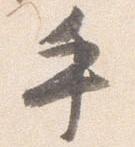
手